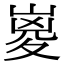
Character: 嵏